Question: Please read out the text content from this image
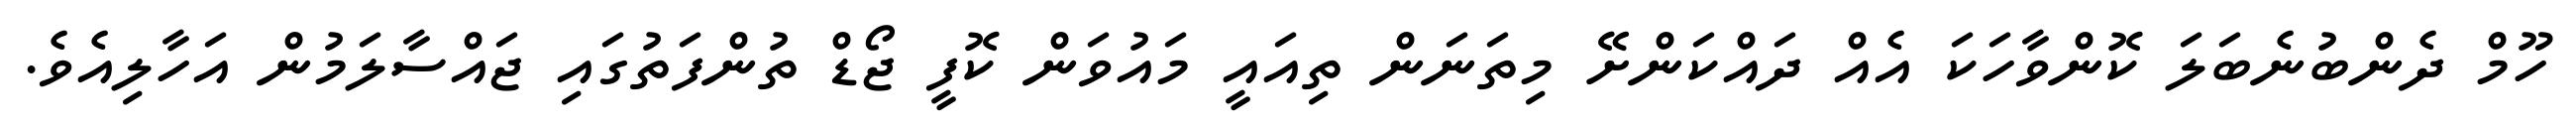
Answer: ހޫމް ދެންބުނެބަލަ ކޮންވާހަކަ އެއް ދައްކަންށޭ މިތަނަން ތިއައީ މައުވަން ކޮފީ ޖޯޑް ތުންފަތުގައި ޖައްސާލަމުން އަހާލިއެވެ.